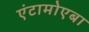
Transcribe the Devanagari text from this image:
एंटामोएबा